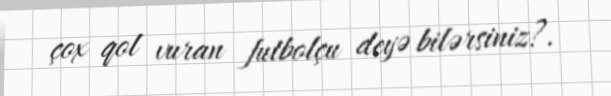
çox qol vuran futbolçu deyə bilərsiniz?.